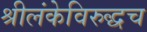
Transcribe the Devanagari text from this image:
श्रीलंकेविरुद्धच